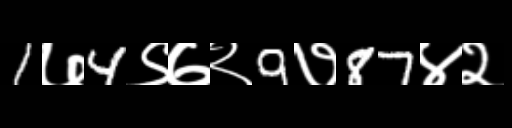
Text: 1७4९७२9७87४२